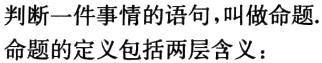
判断一件事情的语句，叫做命题.
命题的定义包括两层含义：